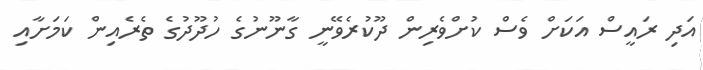
އަދި ރައީސް އަކަށް ވެސް ކުށްވެރިން ދޫކުރެވޭނީ ގާނޫނުގެ ހުދޫދުގެ ތެރެއިން ކަމަށާއި